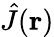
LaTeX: \hat{J}({\mathbf r})